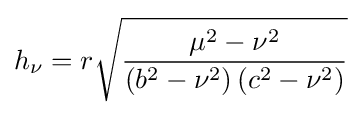
h_{\nu }=r{\sqrt {\frac {\mu ^{2}-\nu ^{2}}{\left(b^{2}-\nu ^{2}\right)\left(c^{2}-\nu ^{2}\right)}}}